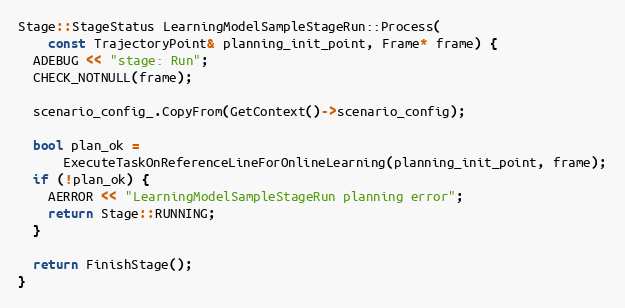
Language: C++
Stage::StageStatus LearningModelSampleStageRun::Process(
    const TrajectoryPoint& planning_init_point, Frame* frame) {
  ADEBUG << "stage: Run";
  CHECK_NOTNULL(frame);

  scenario_config_.CopyFrom(GetContext()->scenario_config);

  bool plan_ok =
      ExecuteTaskOnReferenceLineForOnlineLearning(planning_init_point, frame);
  if (!plan_ok) {
    AERROR << "LearningModelSampleStageRun planning error";
    return Stage::RUNNING;
  }

  return FinishStage();
}